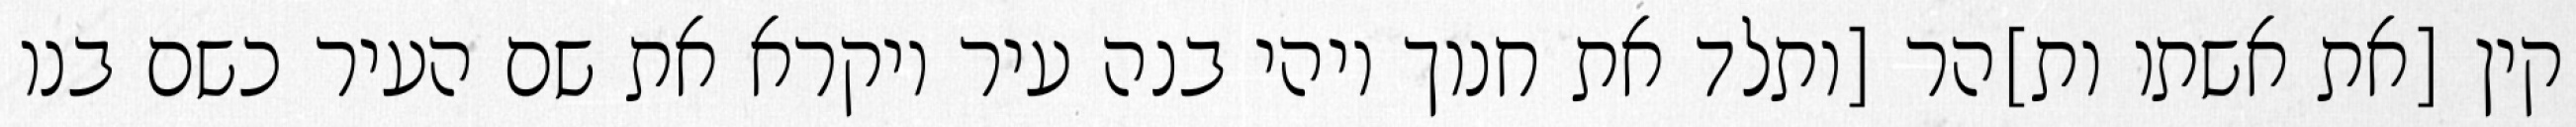
קין [את אשתו ות]הר [ותלד את חנוך ויהי בנה עיר ויקרא את שם העיר כשם בנו